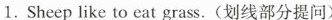
1. Sheep like to eat ——grass.(划线部分提问)